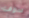
سوف